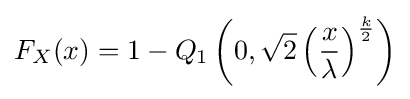
F_{X}(x)=1-Q_{1}\left(0,{\sqrt {2}}\left({\frac {x}{\lambda }}\right)^{\frac {k}{2}}\right)